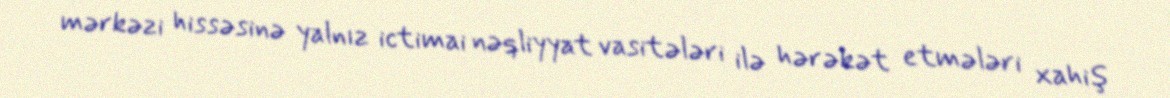
mərkəzi hissəsinə yalnız ictimai nəqliyyat vasitələri ilə hərəkət etmələri xahiş